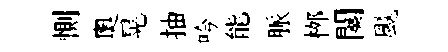
惻奧晃抽吟能脈桞闋颷